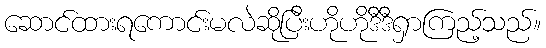
ဆောင်ထားရကောင်းမလဲဆိုပြီးဟိုဟိုဒီဒီရှာကြည့်သည်။